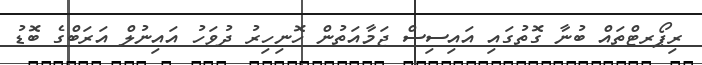
ރިޕޯރޓްތައް ބުނާ ގޮތުގައި އައިސިސް ޖަމާއަތުން ހޮނިހިރު ދުވަހު އައިނުލް އަރަބްގެ ބޮޑު